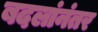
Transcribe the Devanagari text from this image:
बदलांनंतर